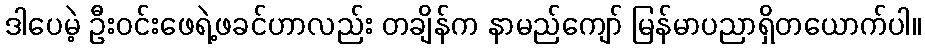
ဒါပေမဲ့ ဦးဝင်းဖေရဲ့ဖခင်ဟာလည်း တချိန်က နာမည်ကျော် မြန်မာပညာရှိတယောက်ပါ။